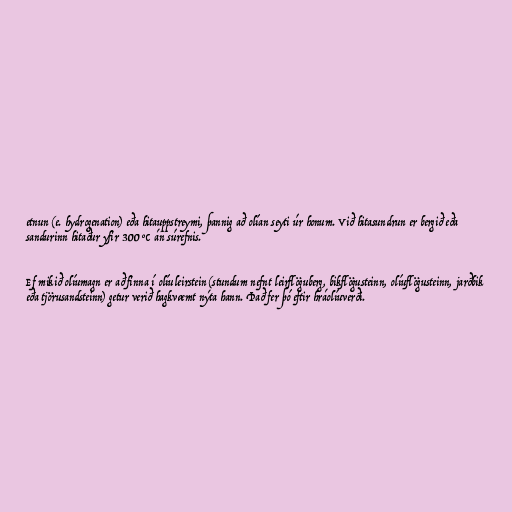
etnun (e. hydrogenation) eða hitauppstreymi, þannig að olían seyti úr honum. Við hitasundrun er bergið eða
sandurinn hitaður yfir 300 °C án súrefnis.

Ef mikið olíumagn er að finna í olíuleirstein (stundum nefnt leirflöguberg, bikflögusteinn, olíuflögusteinn, jarðbik
eða tjörusandsteinn) getur verið hagkvæmt nýta hann. Það fer þó eftir hráolíuverði.